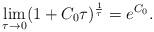
LaTeX: \begin{align*} \lim_{\tau\rightarrow0}(1+C_{0}\tau)^{\frac{1}{\tau}}=e^{C_{0}}.\end{align*}